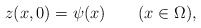
\begin{align*}z(x,0)=\psi(x) \qquad(x\in \Omega),\end{align*}